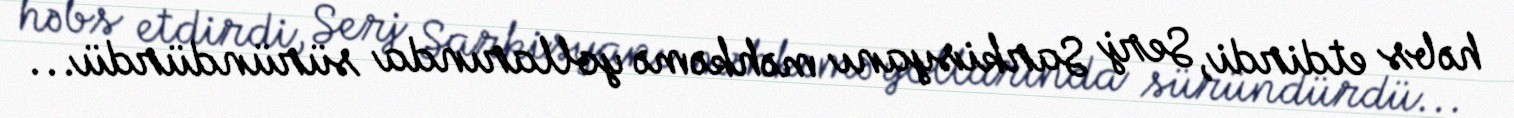
həbs etdirdi, Serj Sarkisyanı məhkəmə yollarında süründürdü...